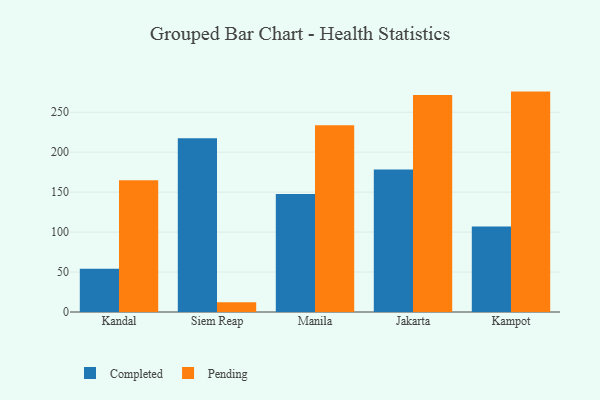
{"axis": {"x": "City", "y": "Population (Million)"}, "legend": ["Completed", "Pending"], "data": [{"x": "Kandal", "y": 54.2, "type": "Completed"}, {"x": "Kandal", "y": 164.9, "type": "Pending"}, {"x": "Siem Reap", "y": 217.3, "type": "Completed"}, {"x": "Siem Reap", "y": 12.1, "type": "Pending"}, {"x": "Manila", "y": 147.6, "type": "Completed"}, {"x": "Manila", "y": 233.6, "type": "Pending"}, {"x": "Jakarta", "y": 178.2, "type": "Completed"}, {"x": "Jakarta", "y": 271.7, "type": "Pending"}, {"x": "Kampot", "y": 106.9, "type": "Completed"}, {"x": "Kampot", "y": 275.8, "type": "Pending"}]}